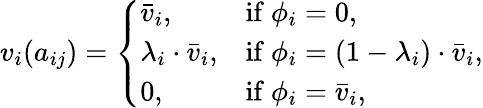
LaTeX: v_{i}(a_{ij})=\left\{ \begin{array}{ll}{\bar{v}_{i},}&{\mathrm{if~}\phi_{i}=0,}\\ {\lambda_{i}\cdot\bar{v}_{i},}&{\mathrm{if~}\phi_{i}=(1-\lambda_{i})\cdot\bar{v}_{i},}\\ {0,}&{\mathrm{if~}\phi_{i}=\bar{v}_{i},}\end{array}\right.